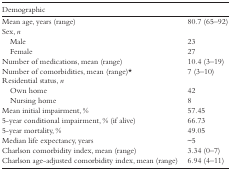
<table><thead><tr><td><b>Demographic</b></td><td></td></tr></thead><tbody><tr><td>Mean age, years (range)</td><td>80.7 (65–92)</td></tr><tr><td>Sex, <i>n</i></td><td></td></tr><tr><td> Male</td><td>23</td></tr><tr><td> Female</td><td>27</td></tr><tr><td>Number of medications, mean (range)</td><td>10.4 (3–19)</td></tr><tr><td>Number of comorbidities, mean (range)*</td><td>7 (3–10)</td></tr><tr><td>Residential status, <i>n</i></td><td></td></tr><tr><td> Own home</td><td>42</td></tr><tr><td> Nursing home</td><td>8</td></tr><tr><td>Mean initial impairment, %</td><td>57.45</td></tr><tr><td>5-year conditional impairment, % (if alive)</td><td>66.73</td></tr><tr><td>5-year mortality, %</td><td>49.05</td></tr><tr><td>Median life expectancy, years</td><td>∼5</td></tr><tr><td>Charlson comorbidity index, mean (range)</td><td>3.34 (0–7)</td></tr><tr><td>Charlson age-adjusted comorbidity index, mean (range)</td><td>6.94 (4–11)</td></tr></tbody></table>